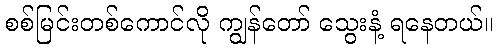
စစ်မြင်းတစ်ကောင်လို ကျွန်တော် သွေးနံ့ ရနေတယ်။